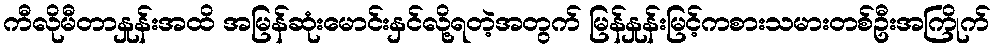
ကီလိုမီတာနှုန်းအထိ အမြန်ဆုံးမောင်းနှင်လို့ရတဲ့အတွက် မြန်နှုန်းမြင့်ကစားသမားတစ်ဦးအကြိုက်